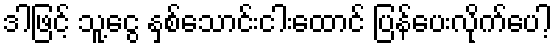
ဒါဖြင့် သူ့ငွေ နှစ်သောင်းငါးထောင် ပြန်ပေးလိုက်ပေါ့